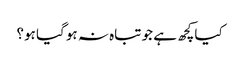
کیاکچھ ہے جو تباہ نہ ہو گیا ہو؟